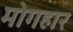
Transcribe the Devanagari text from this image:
मोगहार